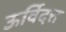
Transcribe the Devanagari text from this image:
ऊर्विदत्त